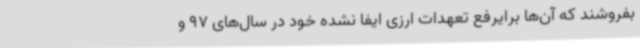
بفروشند که آن‌ها برایرفع تعهدات ارزی ایفا نشده خود در سال‌های 97 و